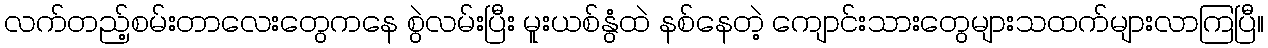
လက်တည့်စမ်းတာလေးတွေကနေ စွဲလမ်းပြီး မူးယစ်နွံထဲ နစ်နေတဲ့ ကျောင်းသားတွေများသထက်များလာကြပြီ။